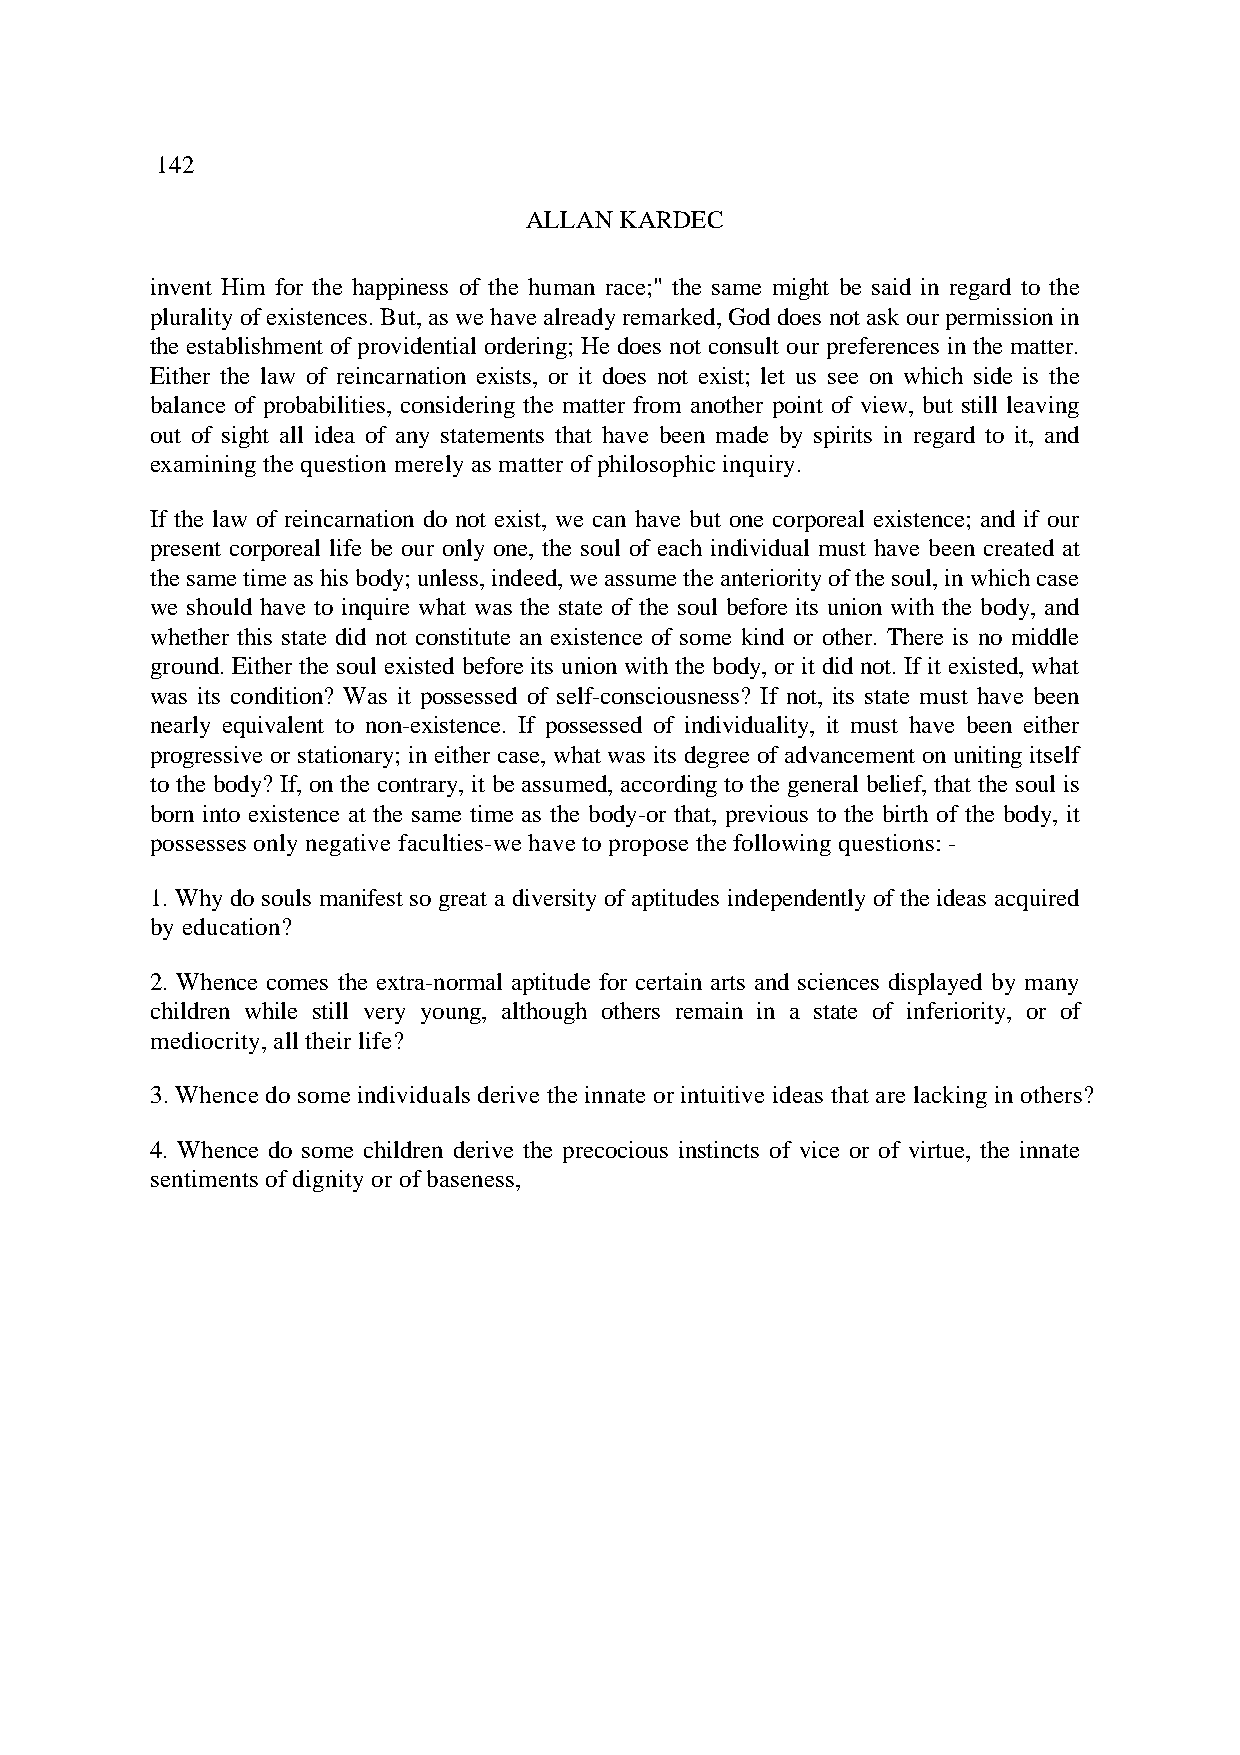
142
 ALLAN KARDEC
 invent Him for the happiness of the human race;" the same might be said in regard to the
 plurality of existences. But, as we have already remarked, God does not ask our permission in
 the establishment of providential ordering; He does not consult our preferences in the matter.
 Either the law of reincarnation exists, or it does not exist; let us see on which side is the
 balance of probabilities, considering the matter from another point of view, but still leaving
 out of sight all idea of any statements that have been made by spirits in regard to it, and
 examining the question merely as matter of philosophic inquiry.
 If the law of reincarnation do not exist, we can have but one corporeal existence; and if our
 present corporeal life be our only one, the soul of each individual must have been created at
 the same time as his body; unless, indeed, we assume the anteriority of the soul, in which case
 we should have to inquire what was the state of the soul before its union with the body, and
 whether this state did not constitute an existence of some kind or other. There is no middle
 ground. Either the soul existed before its union with the body, or it did not. If it existed, what
 was its condition? Was it possessed of self-consciousness? If not, its state must have been
 nearly equivalent to non-existence. If possessed of individuality, it must have been either
 progressive or stationary; in either case, what was its degree of advancement on uniting itself
 to the body? If, on the contrary, it be assumed, according to the general belief, that the soul is
 born into existence at the same time as the body-or that, previous to the birth of the body, it
 possesses only negative faculties-we have to propose the following questions: -
 1. Why do souls manifest so great a diversity of aptitudes independently of the ideas acquired
 by education?
 2. Whence comes the extra-normal aptitude for certain arts and sciences displayed by many
 children while still very young, although others remain in a state of inferiority, or of
 mediocrity, all their life?
 3. Whence do some individuals derive the innate or intuitive ideas that are lacking in others?
 4. Whence do some children derive the precocious instincts of vice or of virtue, the innate
 sentiments of dignity or of baseness,